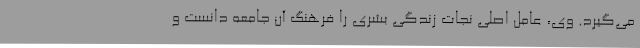
می‌گیرد. وی، عامل اصلی نجات زندگی بشری را فرهنگ آن جامعه دانست و